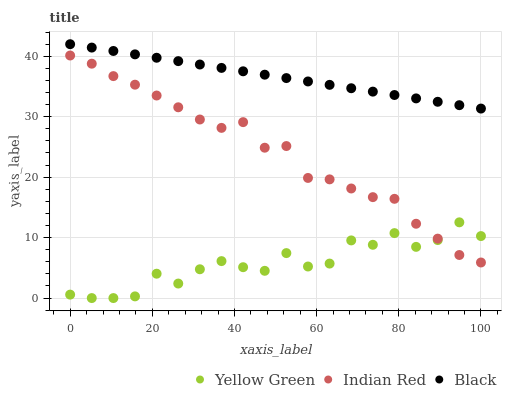
| xaxis_label | Yellow Green | Indian Red | Black |
 | --- | --- | --- | --- |
 | 0 | 0.571 | 40.1 | 42 |
 | 5.26 | 0 | 38.8 | 41.4 |
 | 10.5 | 0 | 36.7 | 40.9 |
 | 15.8 | 0.28 | 35.3 | 40.3 |
 | 21.1 | 4.03 | 33.5 | 39.8 |
 | 26.3 | 2.4 | 31.6 | 39.2 |
 | 31.6 | 4.77 | 29.5 | 38.6 |
 | 36.8 | 6.12 | 28.2 | 38.1 |
 | 42.1 | 5.11 | 29.1 | 37.5 |
 | 47.4 | 4.51 | 24.9 | 37 |
 | 52.6 | 7.44 | 25.1 | 36.4 |
 | 57.9 | 5.22 | 19.9 | 35.8 |
 | 63.2 | 5.71 | 19.6 | 35.3 |
 | 68.4 | 9.54 | 18.1 | 34.7 |
 | 73.7 | 8.81 | 16.7 | 34.2 |
 | 78.9 | 10.7 | 16.4 | 33.6 |
 | 84.2 | 8.47 | 12.3 | 33 |
 | 89.5 | 9.6 | 9.83 | 32.5 |
 | 94.7 | 12.5 | 7.13 | 31.9 |
 | 100 | 10.3 | 5.89 | 31.4 |